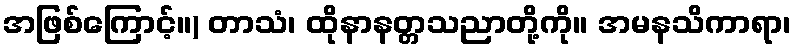
အဖြစ်ကြောင့်။) တာသံ၊ ထိုနာနတ္တသညာတို့ကို။ အမနသိကာရာ၊